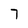
Character: 7